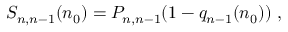
\begin{array} { r } { S _ { n , n - 1 } ( n _ { 0 } ) = P _ { n , n - 1 } ( 1 - q _ { n - 1 } ( n _ { 0 } ) ) \ , } \end{array}